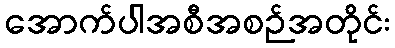
အောက်ပါအစီအစဉ်အတိုင်း